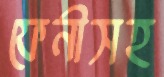
ফেনীসহ